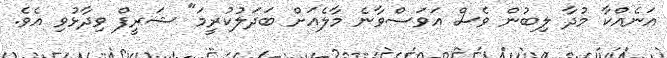
އަނެއްކާ މުދާ ލިބުން ވެސް އަވަސްވާނެ މާލެއަށް ބަދަލުކުރީމަ" ޝަރީފް ވިދާޅުވި އެވެ.